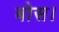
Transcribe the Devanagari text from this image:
बोस।